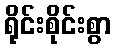
ရိုင်းစိုင်းစွာ